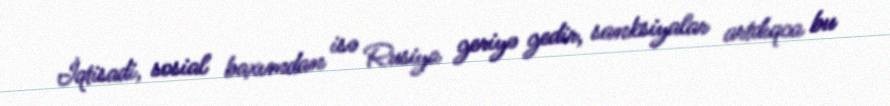
İqtisadi, sosial baxımdan isə Rusiya geriyə gedir, sanksiyalar artdıqca bu